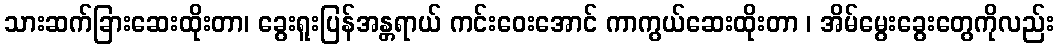
သားဆက်ခြားဆေးထိုးတာ၊ ခွေးရူးပြန်အန္တရာယ် ကင်းဝေးအောင် ကာကွယ်ဆေးထိုးတာ ၊ အိမ်မွေးခွေးတွေကိုလည်း